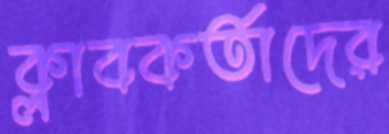
ক্লাবকর্তাদের